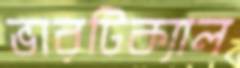
ভারটিক্যাল